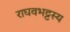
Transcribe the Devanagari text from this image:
राघवभट्टस्य